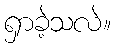
ရှာခဲ့သလဲ။